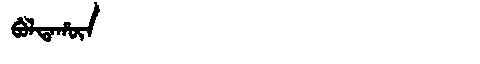
Manchu: ᠪᡠᠯᡨᠠᡥᡡᠨ
Romanization: BULTAHŪN